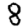
Digit: 8